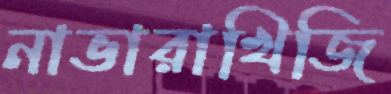
নাভারাখিজি